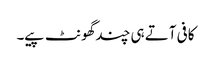
کافی آتے ہی چندگھونٹ پیے۔